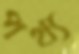
পথ্য